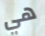
هي